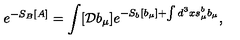
e ^ { - S _ { B } [ A ] } = \int [ { \mathcal D } b _ { \mu } ] e ^ { - S _ { b } [ b _ { \mu } ] + \int d ^ { 3 } x s _ { \mu } ^ { b } b _ { \mu } } ,